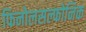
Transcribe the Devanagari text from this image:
फिनोलसल्फोनिक